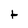
Character: t